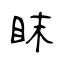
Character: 眜